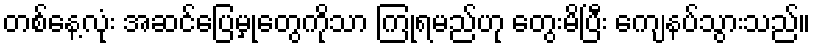
တစ်နေ့လုံး အဆင်ပြေမှုတွေကိုသာ ကြုံရမည်ဟု တွေးမိပြီး ကျေနပ်သွားသည်။